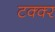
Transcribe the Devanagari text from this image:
टक्क्‍र